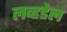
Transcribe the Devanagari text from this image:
लव्हडेल